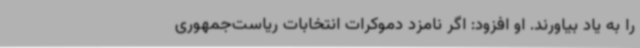
را به یاد بیاورند. او افزود: اگر نامزد دموکرات انتخابات ریاست‌جمهوری